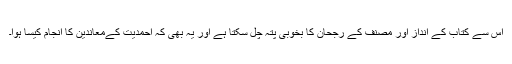
اس سے کتاب کے انداز اور مصنف کے رجحان کا بخوبی پتہ چل سکتا ہے اور یہ بھی کہ احمدیت کےمعاندین کا انجام کیسا ہوا۔